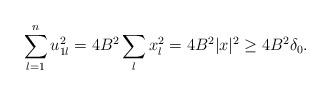
LaTeX: \begin{align*}\sum_{l=1}^n u^2_{1l} = 4 B^2 \sum_l x^2_l = 4 B^2 |x|^2 \geq 4 B^2 \delta_0.\end{align*}